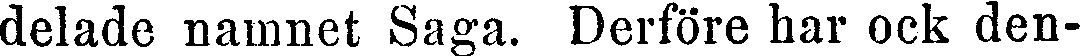
delade namnet Saga. Derföre har ock den-